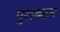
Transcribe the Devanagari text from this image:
पुशबटन